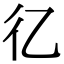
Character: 𢒼